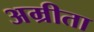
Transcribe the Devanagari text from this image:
अम्रीता